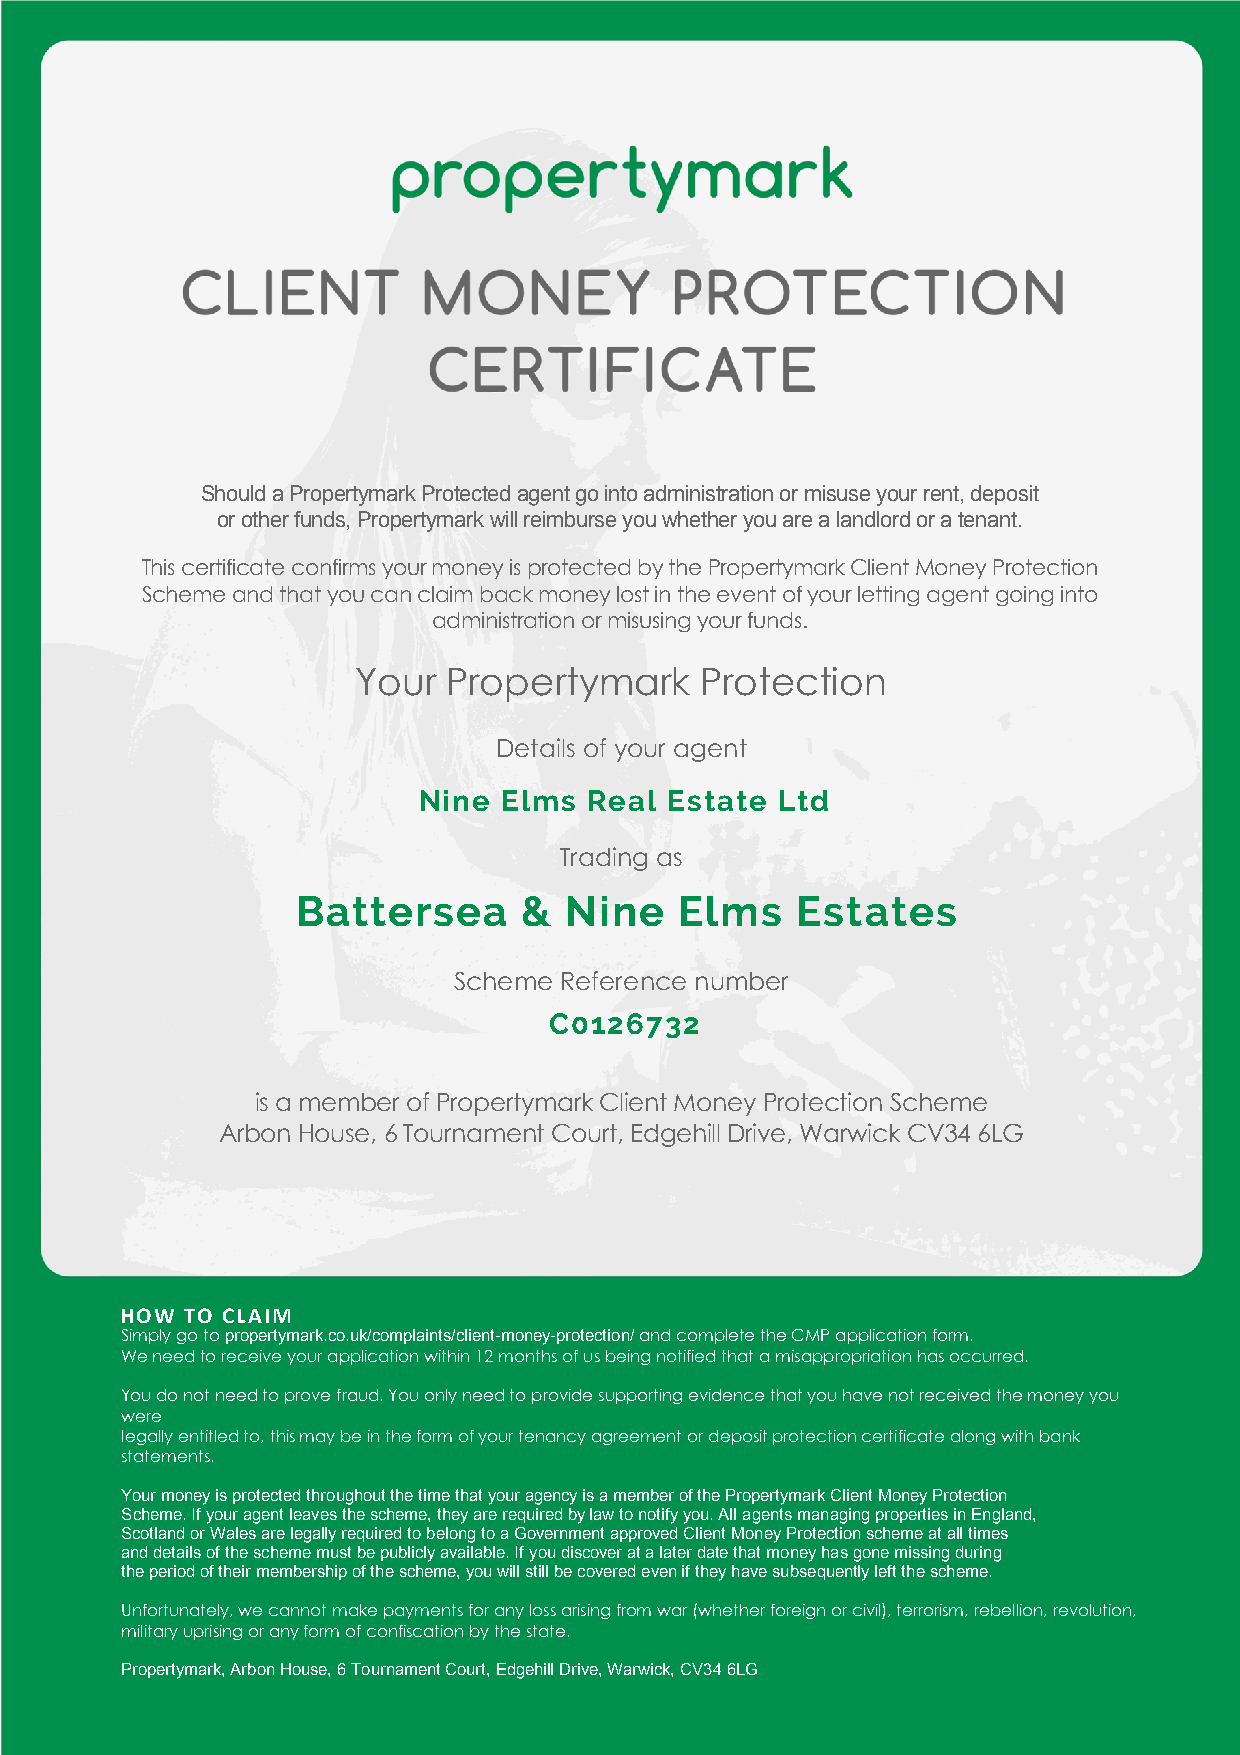
Should a Propertymark Protected agent go into administration or misuse your rent, deposit
 or other funds, Propertymark will reimburse you whether you are a landlord or a tenant.
 This certificate confirms your money is protected by the Propertymark Client Money Protection
 Scheme and that you can claim back money lost in the event of your letting agent going into
 administration or misusing your funds.
 Your  Propertymark    Protection
 Details of your agent
 Nine Elms  Real Estate Ltd
 Trading as
 Battersea      & Nine    Elms    Estates
 Scheme Reference number
 C0126732
 is a member of Propertymark Client Money Protection Scheme
 Arbon House, 6 Tournament Court, Edgehill Drive, Warwick CV34 6LG
 HOW TO CLAIM
 Simply go to propertymark.co.uk/complaints/client-money-protection/ and complete the CMP application form.
 We need to receive your application within 12 months of us being notified that a misappropriation has occurred.
 You do not need to prove fraud. You only need to provide supporting evidence that you have not received the money you
 were
 legally entitled to, this may be in the form of your tenancy agreement or deposit protection certificate along with bank
 statements.
 Your money is protected throughout the time that your agency is a member of the Propertymark Client Money Protection
 Scheme. If your agent leaves the scheme, they are required by law to notify you. All agents managing properties in England,
 Scotland or Wales are legally required to belong to a Government approved Client Money Protection scheme at all times
 and details of the scheme must be publicly available. If you discover at a later date that money has gone missing during
 the period of their membership of the scheme, you will still be covered even if they have subsequently left the scheme.
 Unfortunately, we cannot make payments for any loss arising from war (whether foreign or civil), terrorism, rebellion, revolution,
 military uprising or any form of confiscation by the state.
 Propertymark, Arbon House, 6 Tournament Court, Edgehill Drive, Warwick, CV34 6LG